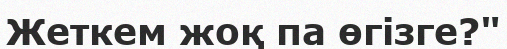
Жеткем жоқ па өгізге?"